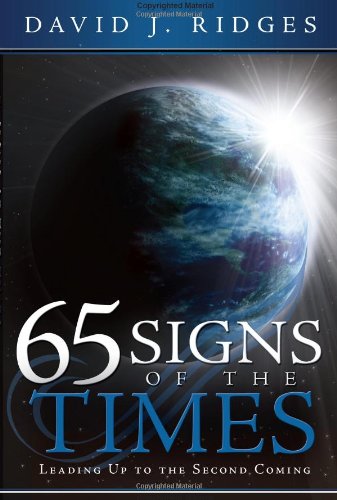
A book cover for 65 Signs of the Times Leading Up to the Second Coming; David J. Ridges; Christian Books & Bibles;